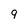
Character: 9